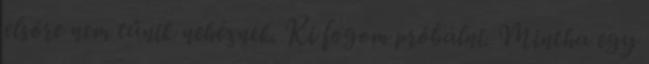
elsőre nem tűnik nehéznek. Ki fogom próbálni. Mintha egy